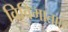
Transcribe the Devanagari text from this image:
विविमाताएँ